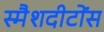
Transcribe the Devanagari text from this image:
स्मैशदीटोंस